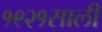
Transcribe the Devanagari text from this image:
१९२१साली